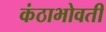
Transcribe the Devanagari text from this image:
कंठाभोवती